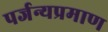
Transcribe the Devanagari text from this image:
पर्जन्यप्रमाण